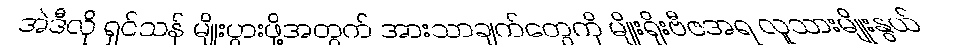
အဲဒီလို ရှင်သန် မျိုးပွားဖို့အတွက် အားသာချက်တွေကို မျိုးရိုးဗီဇအရ လူသားမျိုးနွယ်